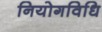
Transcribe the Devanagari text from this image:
नियोगविधि